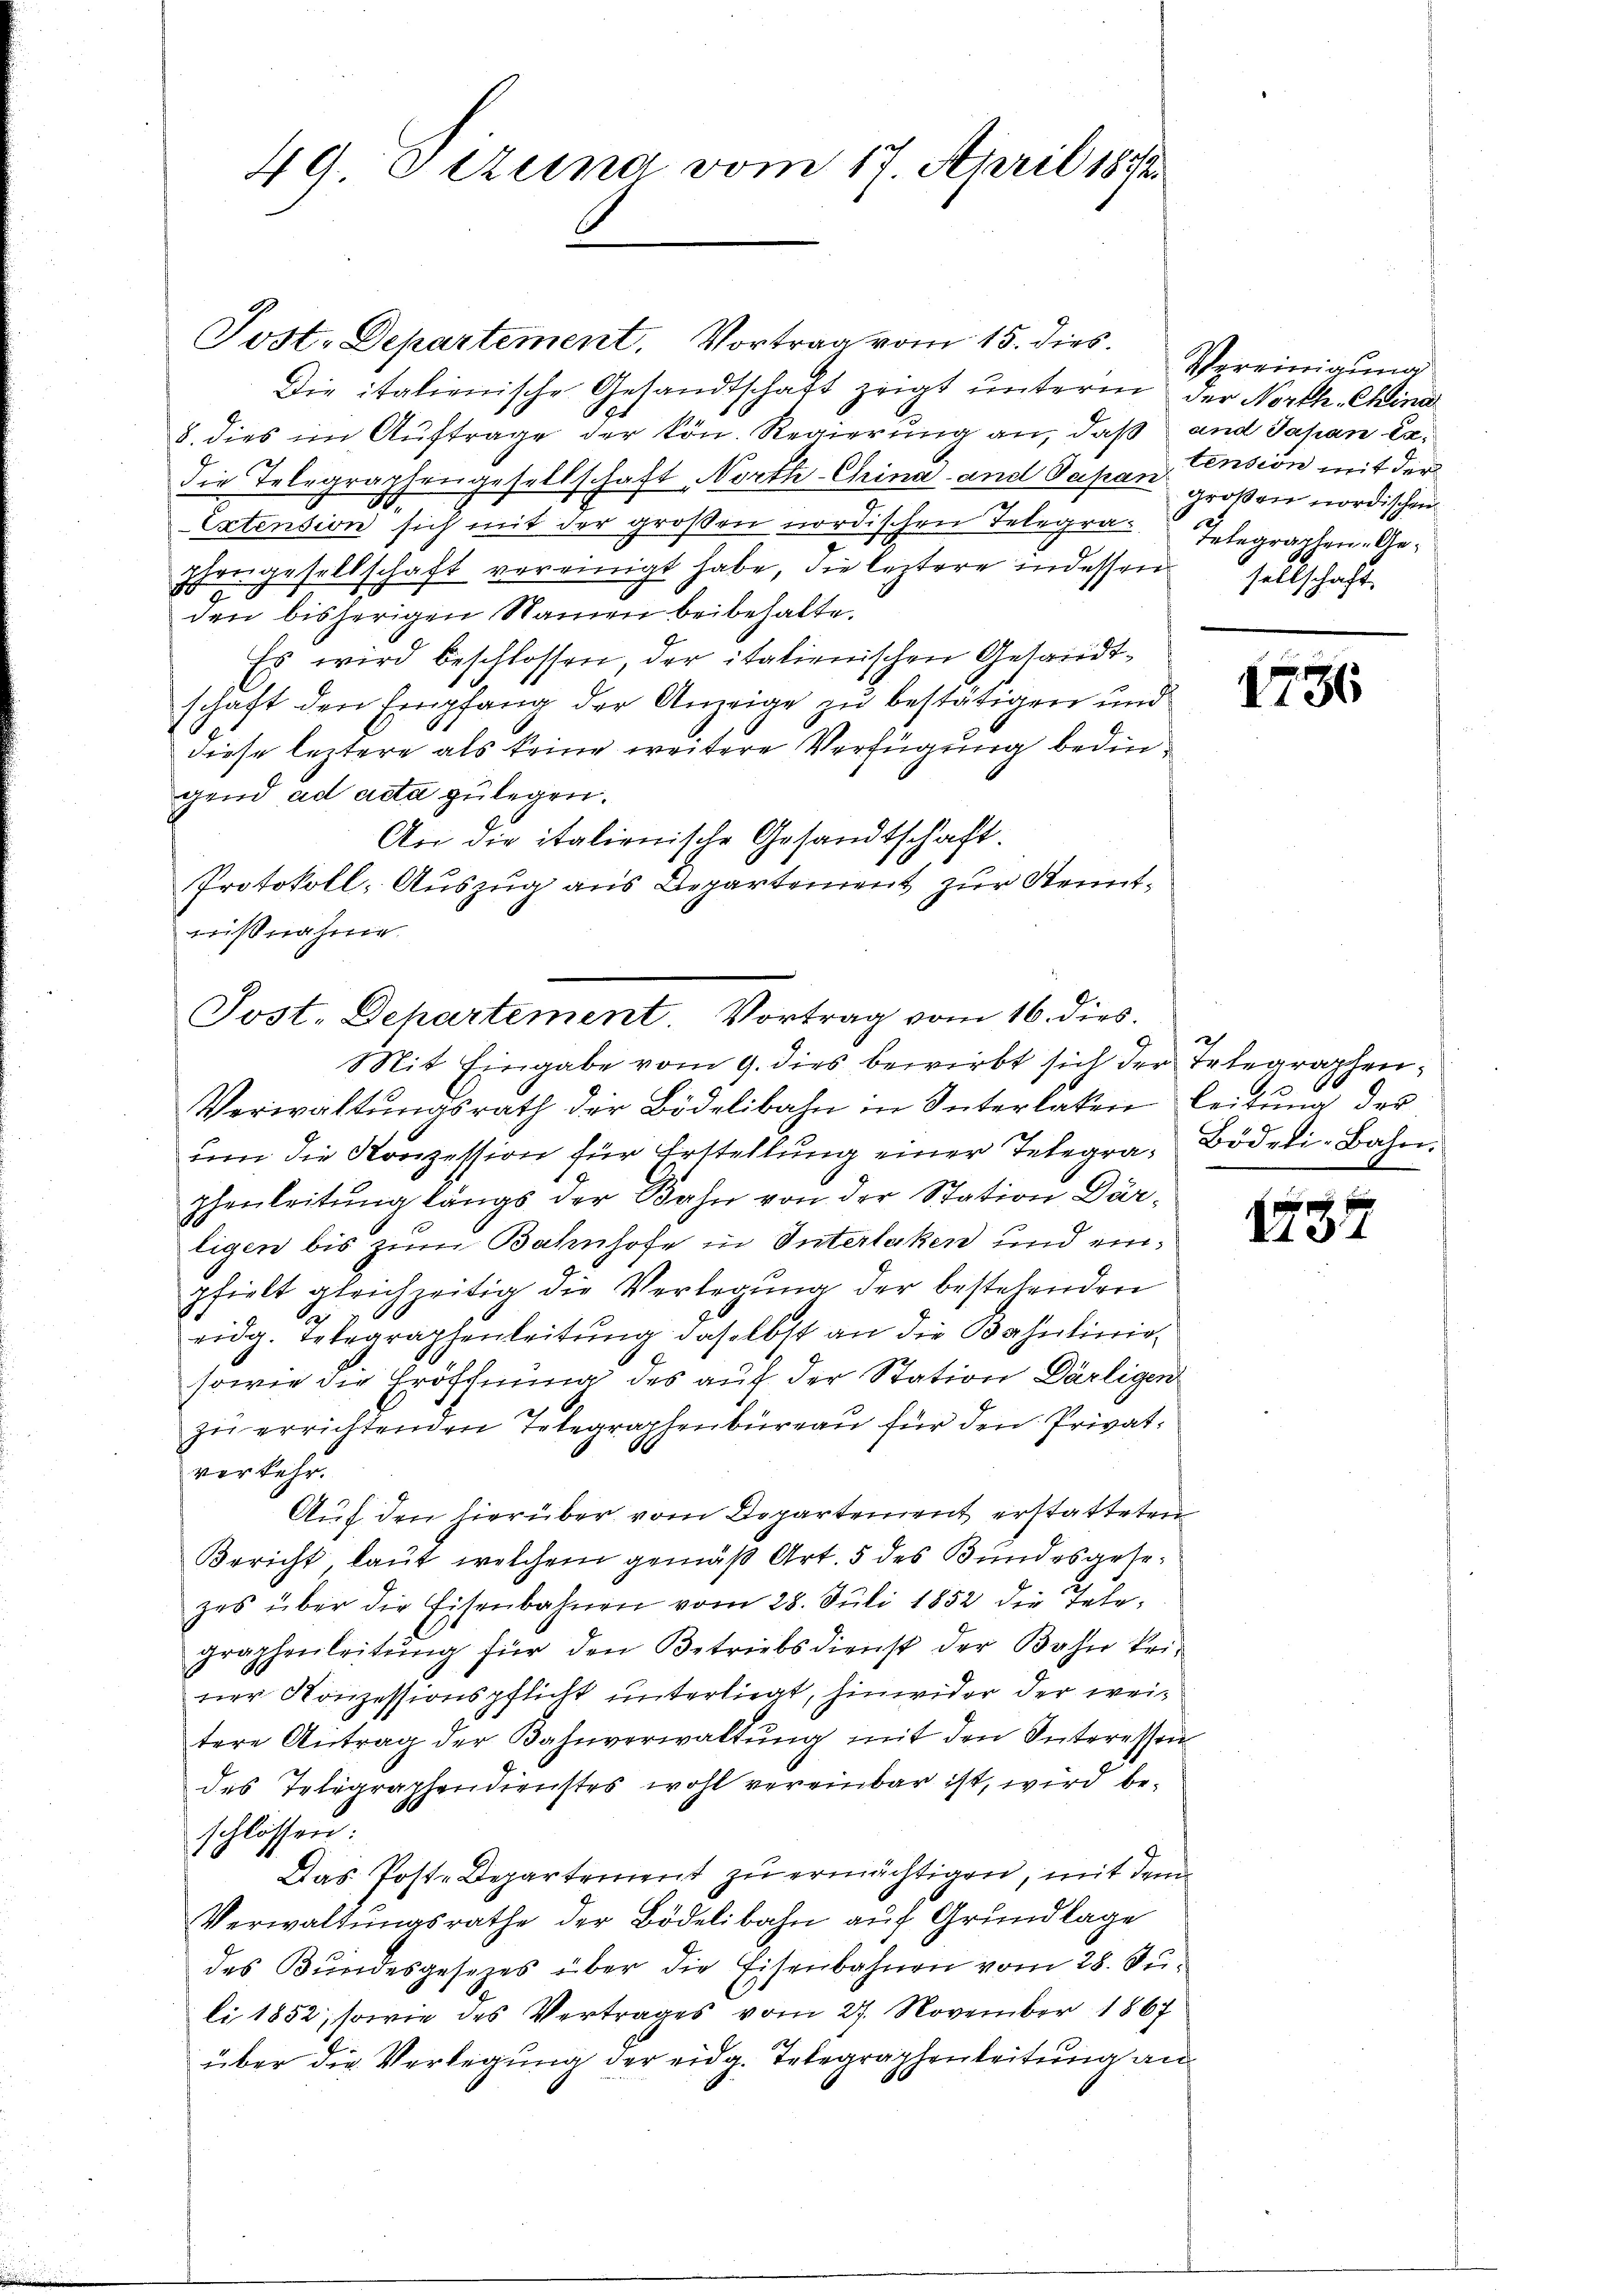
Post. Departement. Vortrag vom 15. dies
Die italienische Gesandtschaft zeigt unterm der North. China
8. dies im Auftrage der kön. Regierung an, daß und Japan Cadie Telegraphengesellschaft North China and Papan großen nordischen
Extension sich mit der großen nordischen Telegra elegrachen Gephongesellschaft vereinigt habe, die leztere indessen
den bisherigen Namen beibehalte.
Es wird beschlossen, der italienischen Gesandtschaft den Empfang der Anzeige zu bestätigen und
diese leztere als keine weitere Verfügung bedingend ad acta zulegen.
An die italienische Gesandtschaft.
Protokoll- Auszug aus Departement zur Kenntwißnahme
Verwaltŭngsrath der Bidelibahn in Interlaken leitung der
um die Konzession für Erstellung einer Telegraphenleitung längs der Bahn von der Station Därligen bis zum Bahnhofe in Interlaken und einpfielt gleichzeitig die Verlegung der bestehenden
S
eidg. Telegraphenleitung daselbst an die Bahnlinie
sowie die Eröffnung des auf der Station Därligen
zŭ errichtenden Telegraphenbüreau für den Privatverkehr.
Aŭf den hierüber vom Departement erstatteten
Bericht laut, welchem gemäß Art. 5 des Bundesgesezes über die Eisenbahnen vom 28. Juli 1852 die Tele-
graphenleitŭng für den Betriebsdienst der Bahn krie
ner Konzessionspflicht unterliegt, hinwider der weitere Antrag der Bahnverwaltŭng mit den Interessen
des Telegraphendienstes wohl vereinbar ist, wird beschlossen:
Das Poste Departement zu ermächtigen, mit dem
Verwaltungsrathe der Bödelibahn auf Grundlage
des Bundesgesezes über die Eisenbahnen vom 28. Suli 1852; sowie des Vertrages vom 27. November 1867
über die Verlegung der eidg. Telegraphenleitung an

49. Dezung vom 17. April 1842

Post. Departement. Vortrag vom 16. dies.
Mit Eingabe vom 9. dies bewirbt sich der Telegraphen¬

Vereinigung
tension mit der
2
sellschaft.

1736

Bödeli-Bahn.
e

637